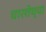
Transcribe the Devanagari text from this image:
चारशेच्या